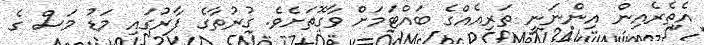
އެތެރެއިން އިންނަނީ ތަރިއެއްގެ ބައްޓަމަށް ވާގޮތަށެވެ. ގުރުތާގެ ފާރުގައި މަޑު މަސް ގެ